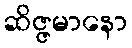
ဆိဇ္ဇမာနော